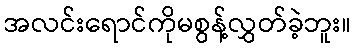
အလင်းရောင်ကိုမစွန့်လွှတ်ခဲ့ဘူး။